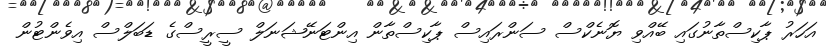
އަހަރު ޕާކިސްތާނުގައި ބޭއްވި ޔޮނެކްސް ސަންރައިސް ޕާކިސްތާން އިންޓަނޭޝަނަލް ސީރީސްގެ ޑަބަލްސް އިވެންޓުން